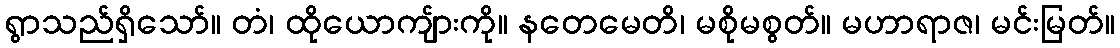
ရွာသည်ရှိသော်။ တံ၊ ထိုယောကျ်ားကို။ နတေမေတိ၊ မစိုမစွတ်။ မဟာရာဇ၊ မင်းမြတ်။